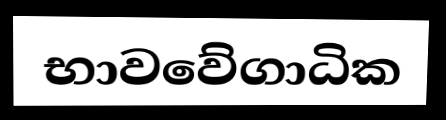
භාවවේගාධික